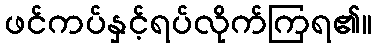
ဖင်ကပ်နှင့်ရပ်လိုက်ကြရ၏။